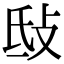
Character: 㪆